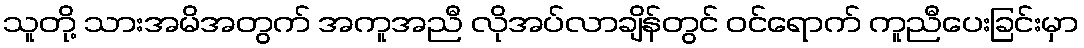
သူတို့ သားအမိအတွက် အကူအညီ လိုအပ်လာချိန်တွင် ဝင်ရောက် ကူညီပေးခြင်းမှာ